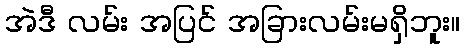
အဲဒီ လမ်း အပြင် အခြားလမ်းမရှိဘူး။